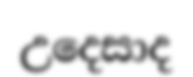
උදෙසාද